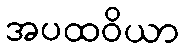
အပထဝိယာ